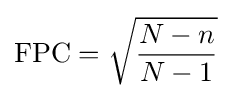
\operatorname {FPC} ={\sqrt {\frac {N-n}{N-1}}}